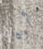
أوه